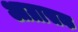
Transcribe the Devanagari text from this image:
आग्रासक